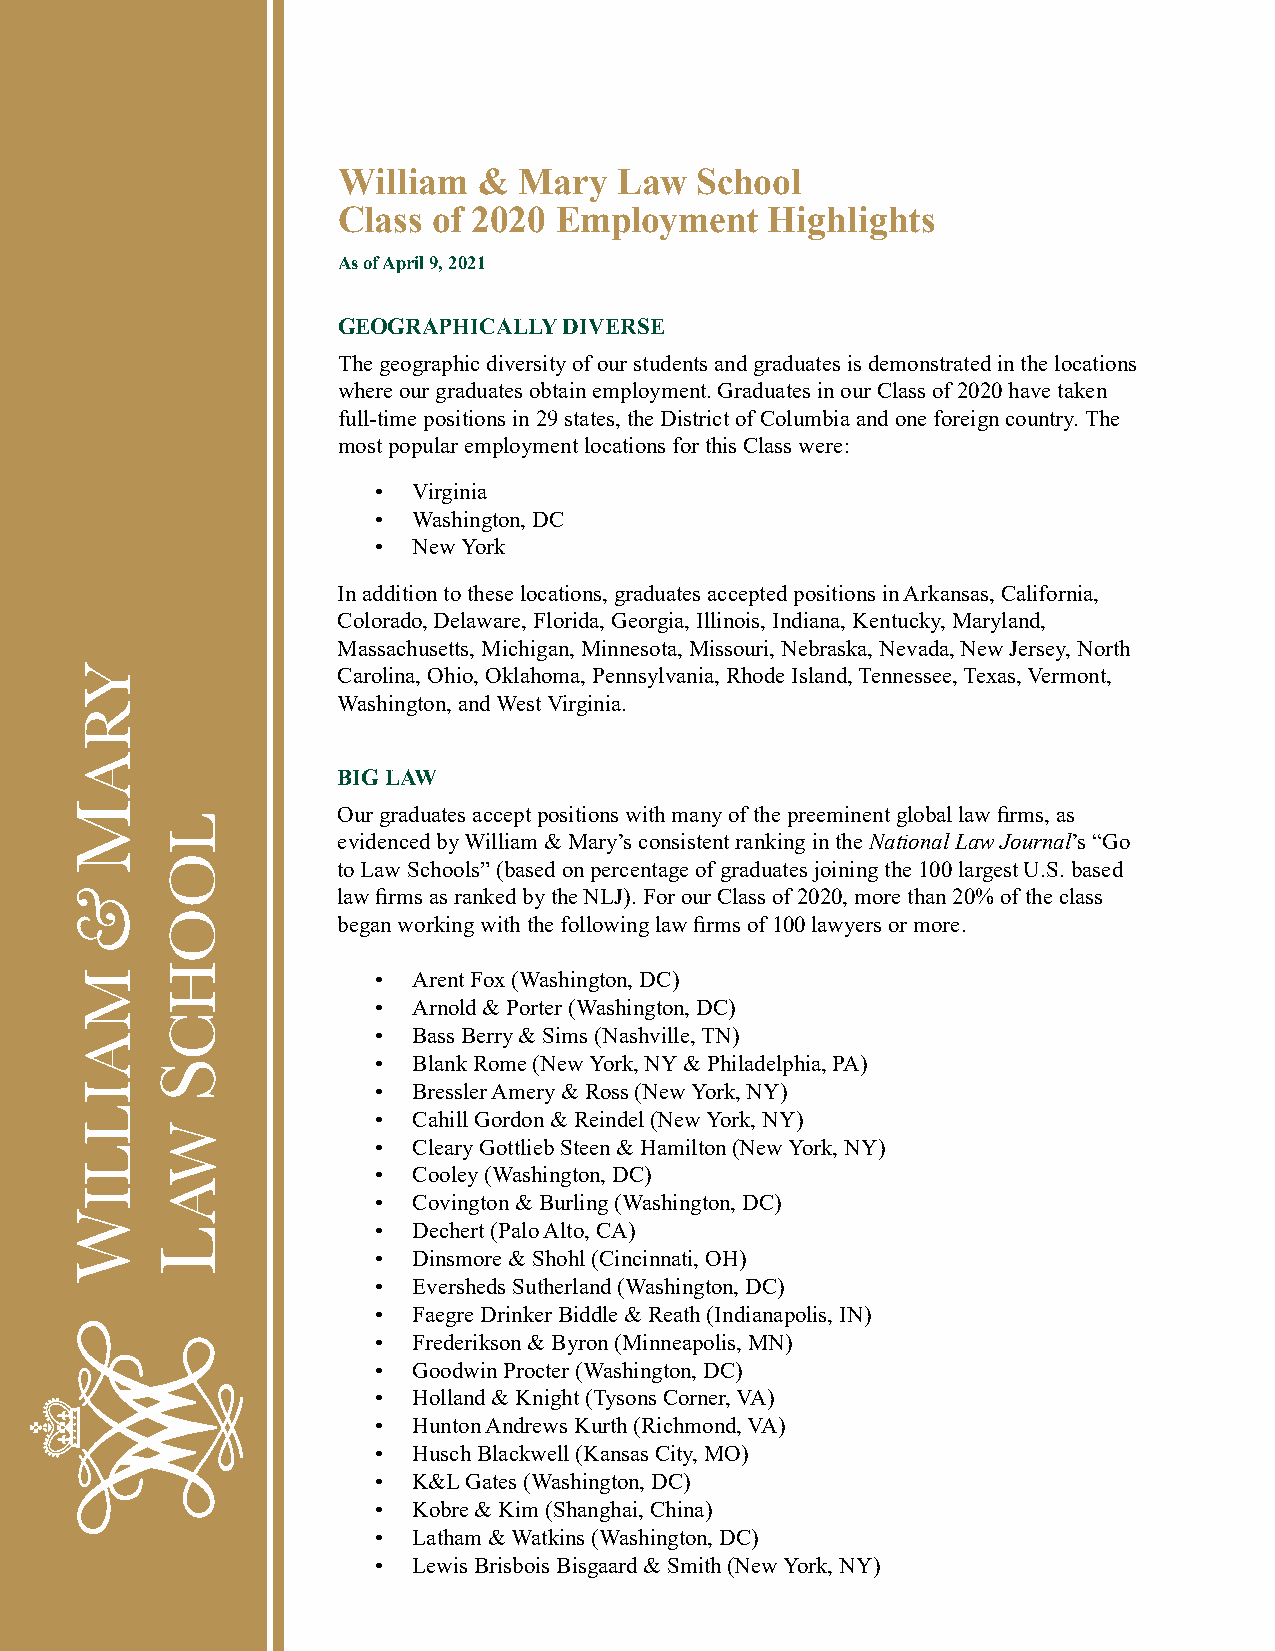
William   & Mary   Law  School
 Class  of 2020 Employment    Highlights
 As of April 9, 2021
 GEOGRAPHICALLY DIVERSE
 The geographic diversity of our students and graduates is demonstrated in the locations
 where our graduates obtain employment. Graduates in our Class of 2020 have taken
 full-time positions in 29 states, the District of Columbia and one foreign country. The
 most popular employment locations for this Class were:
 • Virginia
 • Washington, DC
 • New York
 In addition to these locations, graduates accepted positions in Arkansas, California,
 Colorado, Delaware, Florida, Georgia, Illinois, Indiana, Kentucky, Maryland,
 Massachusetts, Michigan, Minnesota, Missouri, Nebraska, Nevada, New Jersey, North
 Carolina, Ohio, Oklahoma, Pennsylvania, Rhode Island, Tennessee, Texas, Vermont,
 Washington, and West Virginia.
 BIG LAW
 Our graduates accept positions with many of the preeminent global law firms, as
 evidenced by William & Mary’s consistent ranking in the National Law Journal’s “Go
 to Law Schools” (based on percentage of graduates joining the 100 largest U.S. based
 law firms as ranked by the NLJ). For our Class of 2020, more than 20% of the class
 began working with the following law firms of 100 lawyers or more.
 • Arent Fox (Washington, DC)
 • Arnold & Porter (Washington, DC)
 • Bass Berry & Sims (Nashville, TN)
 • Blank Rome (New York, NY & Philadelphia, PA)
 • Bressler Amery & Ross (New York, NY)
 • Cahill Gordon & Reindel (New York, NY)
 • Cleary Gottlieb Steen & Hamilton (New York, NY)
 • Cooley (Washington, DC)
 • Covington & Burling (Washington, DC)
 • Dechert (Palo Alto, CA)
 • Dinsmore & Shohl (Cincinnati, OH)
 • Eversheds Sutherland (Washington, DC)
 • Faegre Drinker Biddle & Reath (Indianapolis, IN)
 • Frederikson & Byron (Minneapolis, MN)
 • Goodwin Procter (Washington, DC)
 • Holland & Knight (Tysons Corner, VA)
 • Hunton Andrews Kurth (Richmond, VA)
 • Husch Blackwell (Kansas City, MO)
 • K&L Gates (Washington, DC)
 • Kobre & Kim (Shanghai, China)
 • Latham & Watkins (Washington, DC)
 • Lewis Brisbois Bisgaard & Smith (New York, NY)